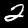
Label: 2